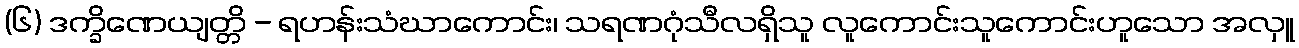
(၆) ဒက္ခိဏေယျတ္တိ - ရဟန်းသံဃာကောင်း၊ သရဏဂုံသီလရှိသူ လူကောင်းသူကောင်းဟူသော အလှူ